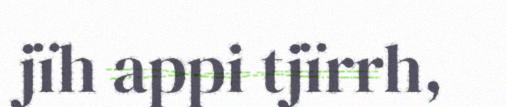
jïh appi tjïrrh,